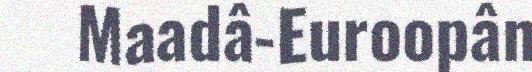
Maadâ-Euroopân